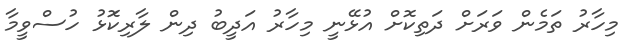
މިހާރު ތަމެން ވަރަށް ދަތިކޮށް އުޅޭނީ މިހާރު އަދީބު ދިން ލާރިކަޮޅު ހުސްވީމާ